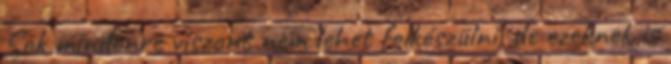
Sok mindenre viszont nem lehet felkészülni, de ezeknek is